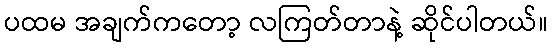
ပထမ အချက်ကတော့ လကြတ်တာနဲ့ ဆိုင်ပါတယ်။